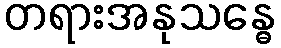
တရားအနုသန္ဓေ